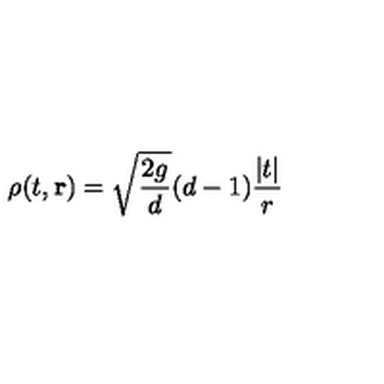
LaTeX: \rho ( t , { \bf r } ) = \sqrt { \frac { 2 g } { d } } ( d - 1 ) { \frac { | t | } { r } }